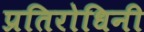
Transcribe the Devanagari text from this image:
प्रतिरोधिनी